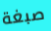
صبغة